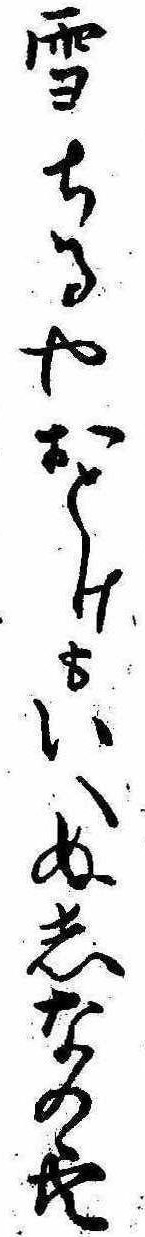
雪ちるやおとけもいへぬしなの空